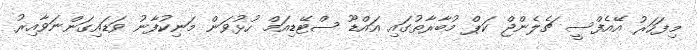
މިފަހަރު އޭއެފްސީ ޗެެލެންޖް ކަޕް މުބާރާތުގައި އައްޑޫ ސްޓޭޑިއަމް ހުޅުވަން މަނިކުފާނު ވަޑައިގަންނަވާއިރު